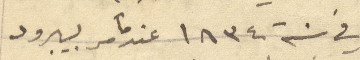
في سنة ١٨٣٤ عندما مر بيبرود